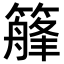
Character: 𥴣